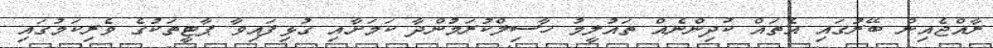
ރާއްޖެއިން ބޭރުގައި އެތައް ކުދިންނެއް ތައުލީމު ހާސިލްކުރަމުންދާ ކަމަށާއި ގުޅިފައިވާ ޕާޓީތަކުގެ ވެރިކަމުގައި